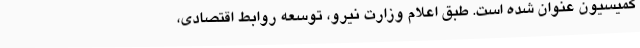
کمیسیون عنوان شده است. طبق اعلام وزارت نیرو، توسعه روابط اقتصادی،